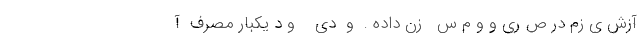
آزش ی زم در ص ری و و م س   زن داده .  و  دی    و د یکبار مصرف  آ